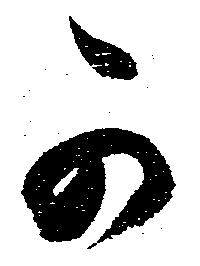
可